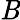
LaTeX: \textbf{\emph{B}}